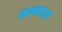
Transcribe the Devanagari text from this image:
मान्यताऒं